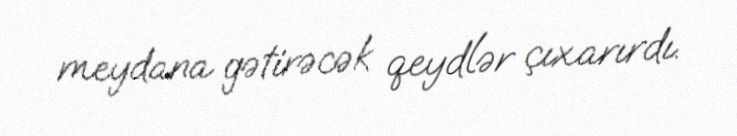
meydana gətirəcək qeydlər çıxarırdı.